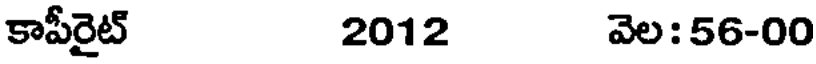
కాపీరైట్ 2012 వెల:56-00